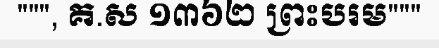
""", គ.ស ១៣៦២ ព្រះបរម"""